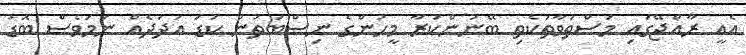
އެއީ ރާއްޖޭގައި މަސްތުވާތަކެތި ބޭނުންކުރާ މީހުންގެ ނިސްބަތުން ކުޑަ އަދަދެއް ނަމަވެސް ބޮޑު